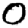
Digit: 0